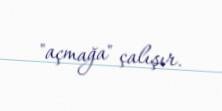
"açmağa" çalışır.